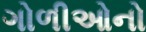
ગોળીઓનો